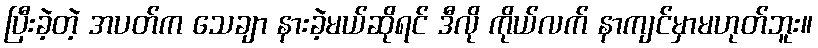
ပြီးခဲ့တဲ့ အပတ်က သေချာ နားခဲ့မယ်ဆိုရင် ဒီလို ကိုယ်လက် နာကျင်မှာမဟုတ်ဘူး။